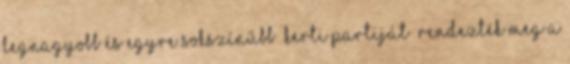
legnagyobb és egyre sokszínűbb „kerti partiját” rendezték meg a